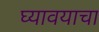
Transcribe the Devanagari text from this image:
घ्‍यावयाचा